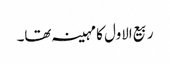
ربیع الاول کا مہینہ تھا۔